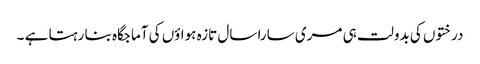
درختوں کی بدولت ہی مری سارا سال تازہ ہواؤں کی آماجگاہ بنا رہتا ہے ۔